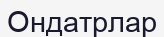
Ондатрлар